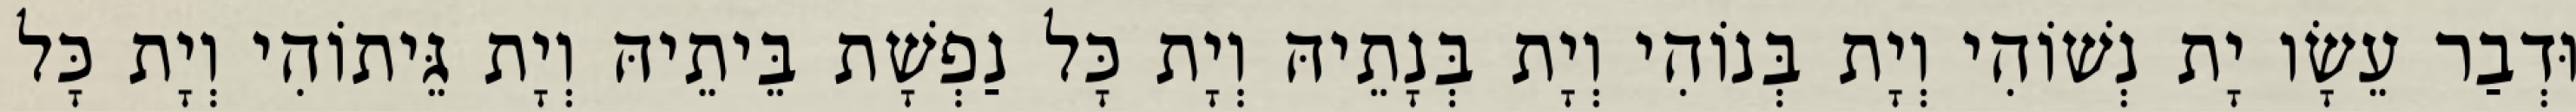
וּדְבַר עֵשָׂו יָת נְשׁוֹהִי וְיָת בְּנוֹהִי וְיָת בְּנָתֵיהּ וְיָת כָּל נַפְשָׁת בֵּיתֵיהּ וְיָת גֵּיתוֹהִי וְיָת כָּל